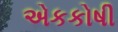
એકકોષી